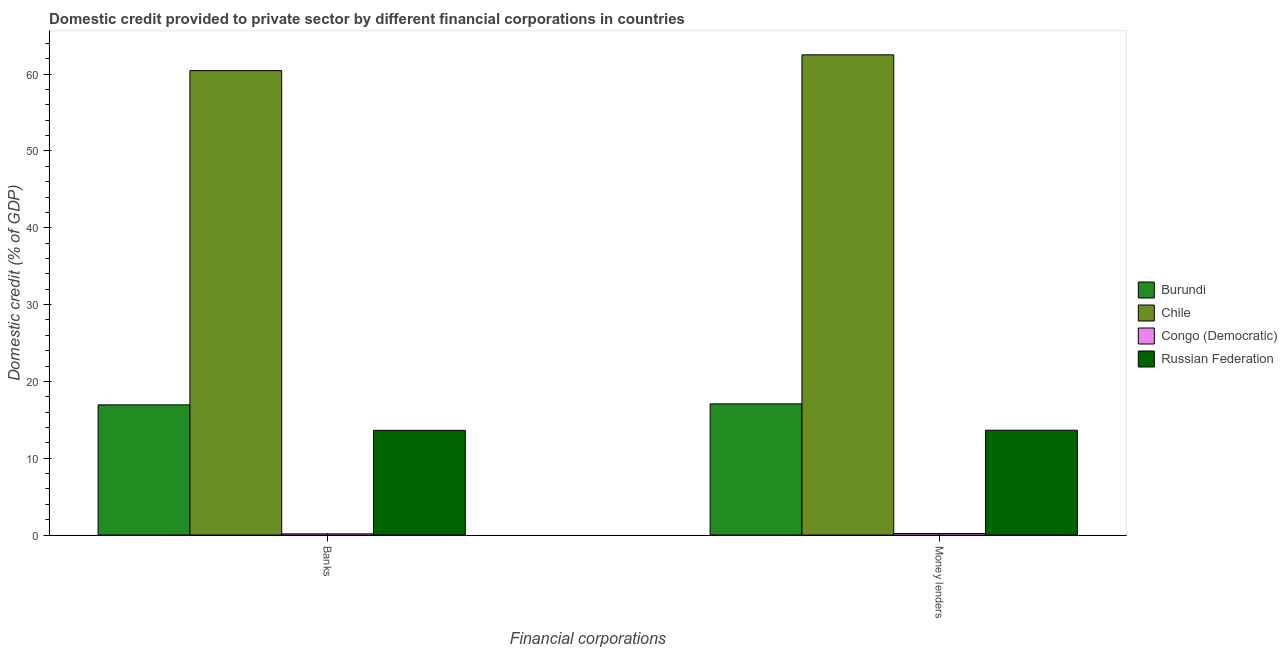
| Financial corporations | Burundi | Chile | Congo (Democratic) | Russian Federation |
 | --- | --- | --- | --- | --- |
 | Banks | 16.9 | 60.5 | 0.154 | 13.6 |
 | Money lenders | 17.1 | 62.5 | 0.198 | 13.6 |